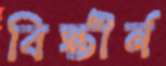
বিস্তীর্ন